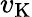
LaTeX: v_{\mathrm{K}}